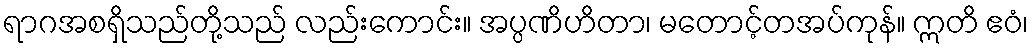
ရာဂအစရှိသည်တို့သည် လည်းကောင်း။ အပ္ပဏိဟိတာ၊ မတောင့်တအပ်ကုန်။ ဣတိ ဧဝံ၊